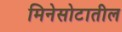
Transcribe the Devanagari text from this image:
मिनेसोटातील